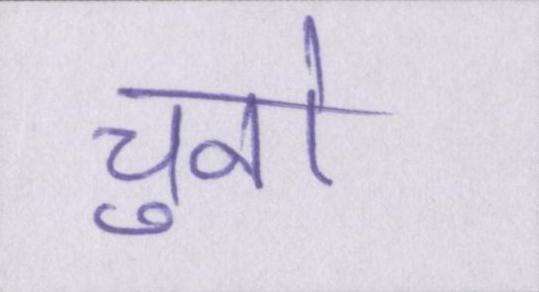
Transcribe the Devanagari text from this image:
चुनो